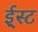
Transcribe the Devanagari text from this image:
ई्स्ट